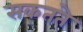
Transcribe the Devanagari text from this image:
सकतते